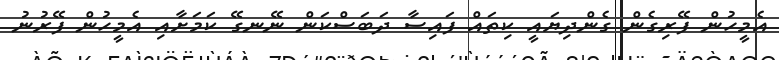
އެމީހުން ފޭރިގެން ގެންދިޔައީ ކިތައް ފައިސާ ދަބަސްކަން ނޭނގޭ ކަމަށާއި އެމީހުން ފޭރުނު